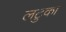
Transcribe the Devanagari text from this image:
लटुका